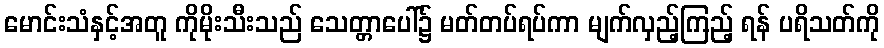
မောင်းသံနှင့်အတူ ကိုမိုးသီးသည် သေတ္တာပေါ်၌ မတ်တပ်ရပ်ကာ မျက်လှည့်ကြည့် ရန် ပရိသတ်ကို